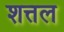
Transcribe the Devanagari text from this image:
शत्तल